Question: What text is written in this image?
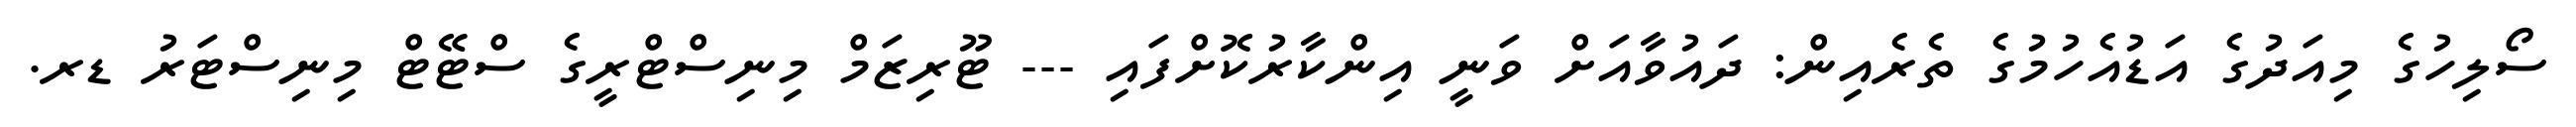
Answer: ސޯލިހުގެ މިއަދުގެ އަޑުއެހުމުގެ ތެރެއިން: ދައުވާއަށް ވަނީ އިންކާރުކޮށްފައި --- ޓޫރިޒަމް މިނިސްޓްރީގެ ސްޓޭޓް މިނިސްޓަރު ޑރ.